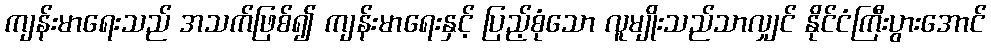
ကျန်းမာရေးသည် အသက်ဖြစ်၍ ကျန်းမာရေးနှင့် ပြည့်စုံသော လူမျိုးသည်သာလျှင် နိုင်ငံကြီးပွားအောင်